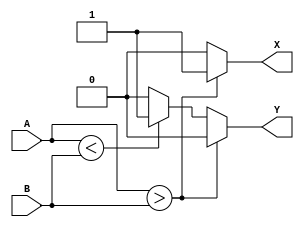
module magnitude_comparator_1(A, B, X, Y);
	
	input A, B;
	output reg X, Y;
	
	always @(A, B)
	begin
	if(A>B)
	begin
		X=1;
		Y=0;
	end
	else if(A<B)
	begin
		X=0;
		Y=1;
	end
	else
	begin
		X=0;
		Y=0;
	end
	end
	
endmodule